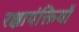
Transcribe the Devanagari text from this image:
रक्षापंक्तियों